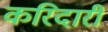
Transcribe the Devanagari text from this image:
करिदारी